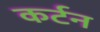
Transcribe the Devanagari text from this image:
कर्टन